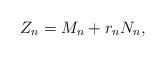
LaTeX: \begin{align*} Z_n=M_n+r_nN_n,\end{align*}